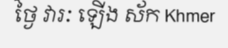
ថ្ងៃ វារៈ ឡើង ស័ក Khmer